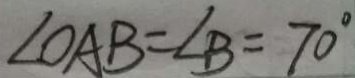
\angle O A B = \angle B = 7 0 ^ { \circ }